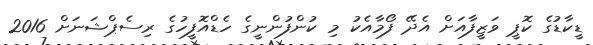
ޑީކާޑުގެ ކޮޕީ ވަޒީފާއަށް އެދޭ ފޯމާއެކު މި ކުންފުންނީގެ ހެޑްއޮފީހުގެ ރިސެޕްޝަނަށް 2016